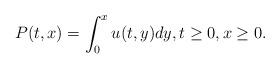
\begin{align*}P(t,x)=\int_0^x u(t,y)dy,t\ge 0,x\ge 0.\end{align*}